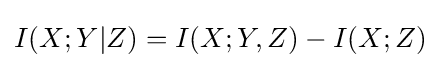
I(X;Y|Z)=I(X;Y,Z)-I(X;Z)